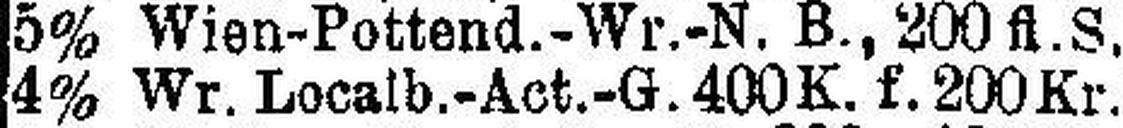
4% Wr. Localb.-Act.-G. 400 K. f. 200 Kr.